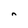
Character: n